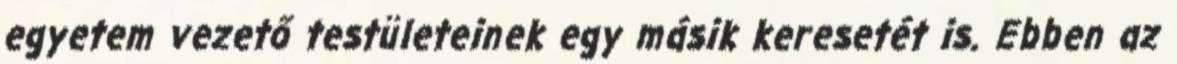
egyetem vezető testületeinek egy másik keresetét is. Ebben az